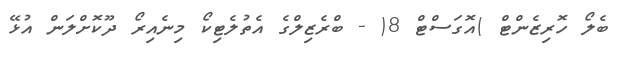
ބެލޯ ހޮރިޒެންޓް )އޮގަސްޓް 8( - ބްރެޒިލްގެ އެތުލެޓިކޯ މިނެއިރޯ ދޫކޮށްލަން އުޅޭ